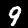
Digit: 9